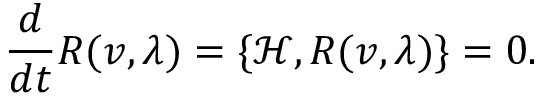
{ \frac { d } { d t } } R ( v , \lambda ) = \{ \mathcal { H } , R ( v , \lambda ) \} = 0 .